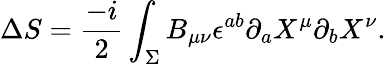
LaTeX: \Delta S=\frac{-i}{2}\int_{\Sigma}B_{\mu\nu}\epsilon^{ab}\partial_{a}X^{\mu}\partial_{b}X^{\nu}.